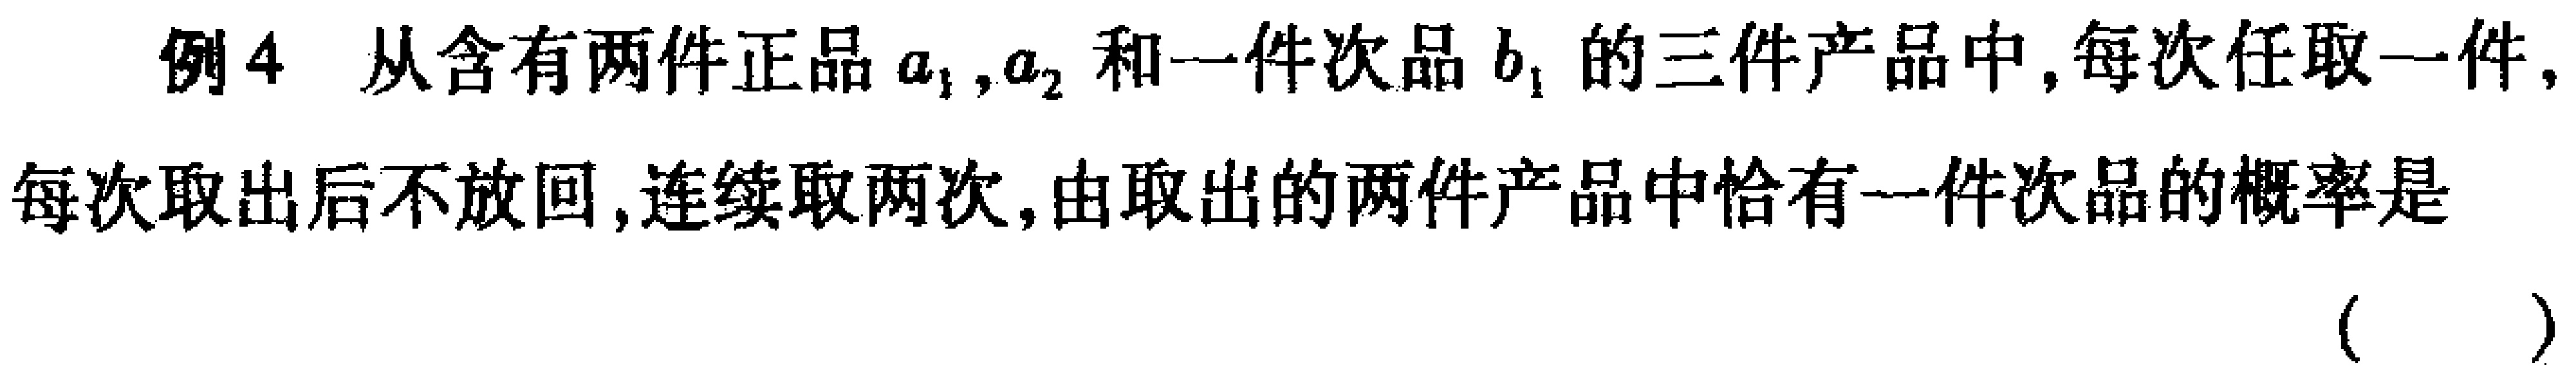
例4 从含有两件正品\(a_{1},a_{2}\)和一件次品\(b_{1}\)的三件产品中,每次任取一件,每次取出后不放回,连续取两次,由取出的两件产品中恰有一件次品的概率是（  ）